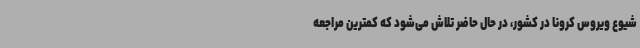
شیوع ویروس کرونا در کشور، در حال حاضر تلاش می‌شود که کمترین مراجعه